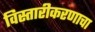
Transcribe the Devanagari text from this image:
विस्तारीकरणाचा